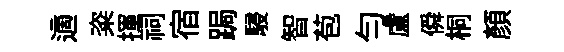
適粢揮祠宿跼駸智苞勻盧僢桐顏